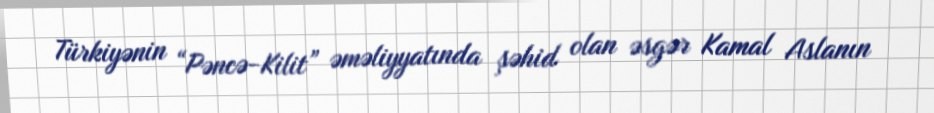
Türkiyənin “Pəncə-Kilit” əməliyyatında şəhid olan əsgər Kamal Aslanın